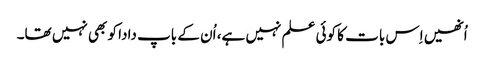
اُنھیں اِس بات کا کوئی علم نہیں ہے، اُن کے باپ دادا کو بھی نہیں تھا۔